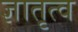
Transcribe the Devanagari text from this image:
ज्ञातृत्व